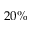
2 0 \%